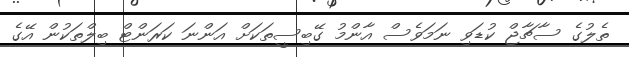
ތެލުގެ ސާޗާޖް ކުޑަވި ނަމަވެސް އާންމު ގޭބިސީތަކަށް އަންނަ ކަރަންޓް ބިލްތަކުން އޭގެ